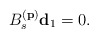
\begin{align*}B_s^{({\bf p})}{\bf d}_1=0.\end{align*}